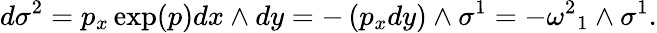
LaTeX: d\sigma^{2}=p_{x}\exp(p)dx\wedge dy=-\left(p_{x}dy\right)\wedge\sigma^{1}=-{\omega^{2}}_{1}\wedge\sigma^{1}.